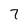
Character: 7